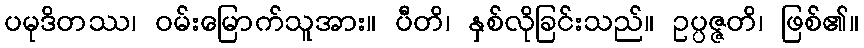
ပမုဒိတဿ၊ ဝမ်းမြောက်သူအား။ ပီတိ၊ နှစ်လိုခြင်းသည်။ ဥပ္ပဇ္ဇတိ၊ ဖြစ်၏။